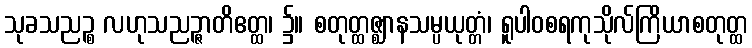
သုခသညဉ္စ လဟုသညဉ္ဇာတိဧတ္ထ၊ ၌။ စတုတ္ထဇ္ဈာနသမ္ပယုတ္တံ၊ ရူပါဝစရကုသိုလ်ကြိယာစတုတ္ထ